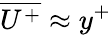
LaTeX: \overline{{U^{+}}}\approx y^{+}